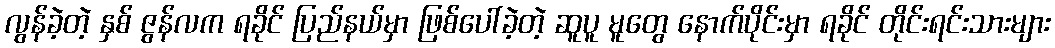
လွန်ခဲ့တဲ့ နှစ် ဇွန်လက ရခိုင် ပြည်နယ်မှာ ဖြစ်ပေါ်ခဲ့တဲ့ ဆူပူ မူတွေ နောက်ပိုင်းမှာ ရခိုင် တိုင်းရင်းသားများ